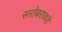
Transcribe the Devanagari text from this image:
सरोबराकडे